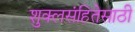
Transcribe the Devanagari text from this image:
शुक्लसंहितेसाठी